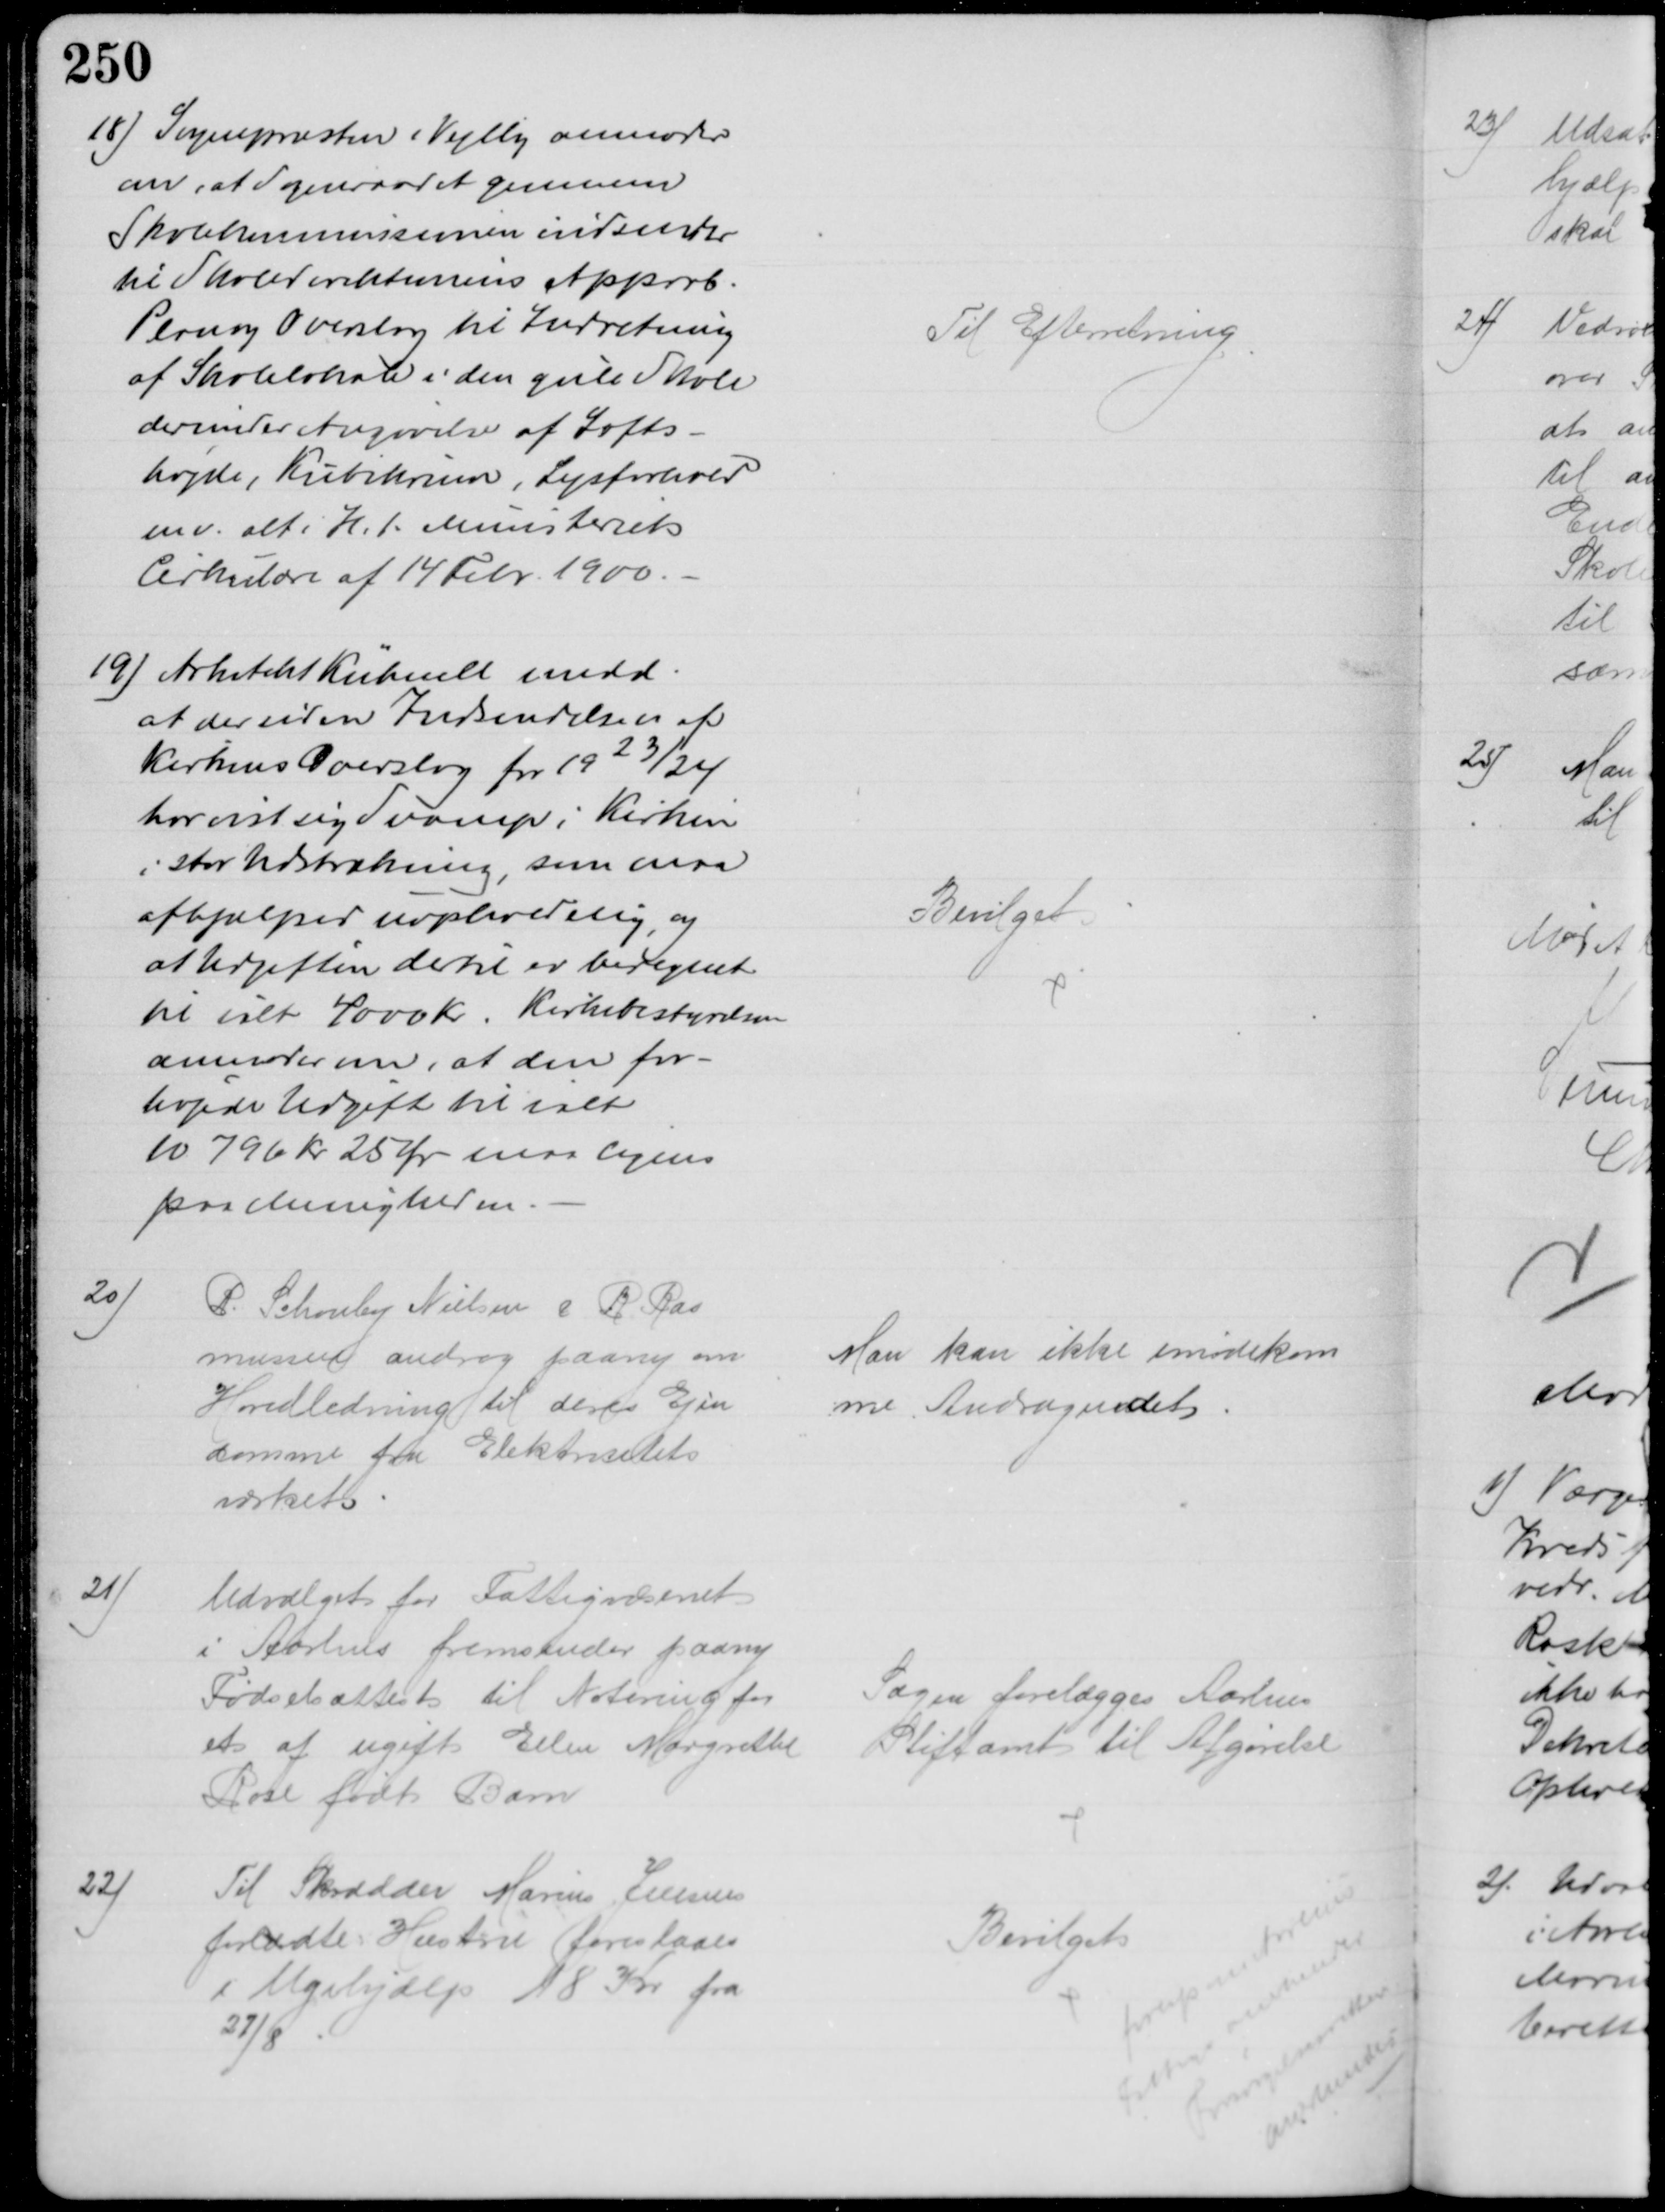
Transskription:
18) Sognepræsten i Vejlby anmoder
om, at Sogneraadet gennem
Skolekommissionen indsender
til Skoledirektionens Approb.
Plan og Overslag til Indretning
af Skolelokale i den gule Skole
derunder Angivelse af Lofts-
højde, Kubikrum, Lysforhold
m v. alt i H. t. Ministeriets
Cirkulære af 14 Febr. 1900.
Til Efterretning
19) Arkitekt Kühnell medd.
at der siden Indsendelsen af
Kirkens Overslag for 1923/24
har vist sig Svamp i Kirken
i stor Udstrækning, som maa
afhjælpes uopholdelig, og
at Udgiften dertil er beregnet
til ialt 4000 Kr. Kirkebestyrelsen
anmoder om, at den for-
højede Udgift til ialt
10796 kr 25 Ør maa lignes
paa Menigheden
Bevilget
20)
P. Schouby Nielsen & R. Ras
mussen androg paany om 
Hovedledning til deres Ejen
domme fra Elektricitets
værket
Man kan ikke imødekom
me Andragendet
21)
Udvalget for Fattigvæsenet
i Aarhus fremsender paany
Fødselsattest til Notering for
et af ugift Ellen Margrethe
Rose født Barn
Sagen forelægges Aarhus
Stiftamt til Afgørelse
22)
Til Skrædder Marius Jensen
forladte Hustru foreslaaes
i Ugehjælp 18 Kr fra
27/8
Bevilget
foresp om Aarhus
Fattigv anerkender
Forsørgelsesretten
anerkendes